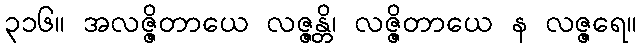
၃၁၆။ အလဇ္ဇိတာယေ လဇ္ဇန္တိ၊ လဇ္ဇိတာယေ န လဇ္ဇရေ။